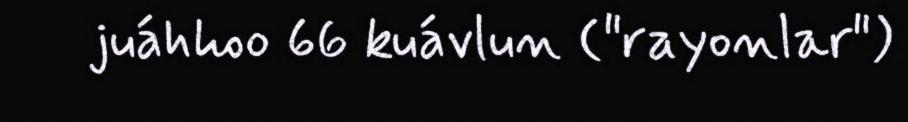
juáhhoo 66 kuávlun ("rayonlar")